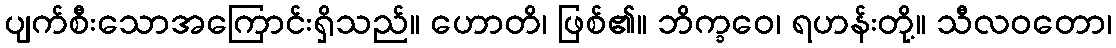
ပျက်စီးသောအကြောင်းရှိသည်။ ဟောတိ၊ ဖြစ်၏။ ဘိက္ခဝေ၊ ရဟန်းတို့။ သီလဝတော၊